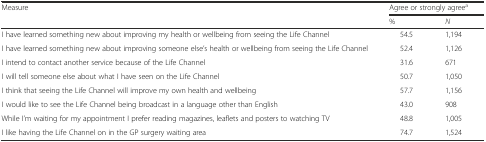
<table><thead><tr><td rowspan="2"><b>Measure</b></td><td colspan="2"><b>Agree or strongly agree<sup>a</sup></b></td></tr><tr><td><b>%</b></td><td><b><i>N</i></b></td></tr></thead><tbody><tr><td>I have learned something new about improving my health or wellbeing from seeing the Life Channel</td><td>54.5</td><td>1,194</td></tr><tr><td>I have learned something new about improving someone else’s health or wellbeing from seeing the Life Channel</td><td>52.4</td><td>1,126</td></tr><tr><td>I intend to contact another service because of the Life Channel</td><td>31.6</td><td>671</td></tr><tr><td>I will tell someone else about what I have seen on the Life Channel</td><td>50.7</td><td>1,050</td></tr><tr><td>I think that seeing the Life Channel will improve my own health and wellbeing</td><td>57.7</td><td>1,156</td></tr><tr><td>I would like to see the Life Channel being broadcast in a language other than English</td><td>43.0</td><td>908</td></tr><tr><td>While I’m waiting for my appointment I prefer reading magazines, leaflets and posters to watching TV</td><td>48.8</td><td>1,005</td></tr><tr><td>I like having the Life Channel on in the GP surgery waiting area</td><td>74.7</td><td>1,524</td></tr></tbody></table>